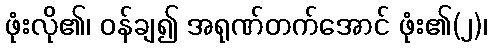
ဖုံးလို၏၊ ဝန်ချ၍ အရုဏ်တက်အောင် ဖုံး၏(၂)၊